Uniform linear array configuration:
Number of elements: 12
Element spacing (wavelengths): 0.75
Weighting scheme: hann
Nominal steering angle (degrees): -60
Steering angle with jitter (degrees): -60.693
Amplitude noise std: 0.05
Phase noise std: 0.05

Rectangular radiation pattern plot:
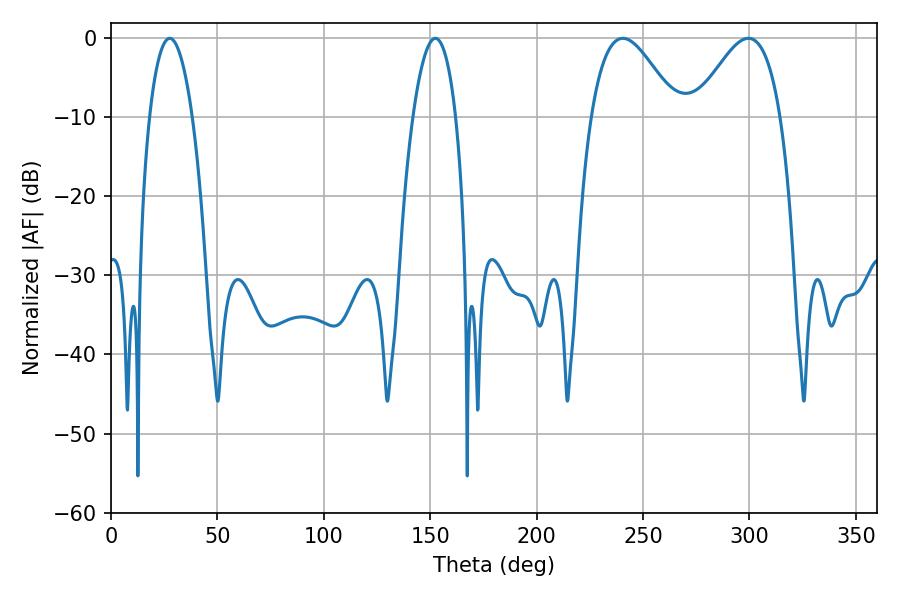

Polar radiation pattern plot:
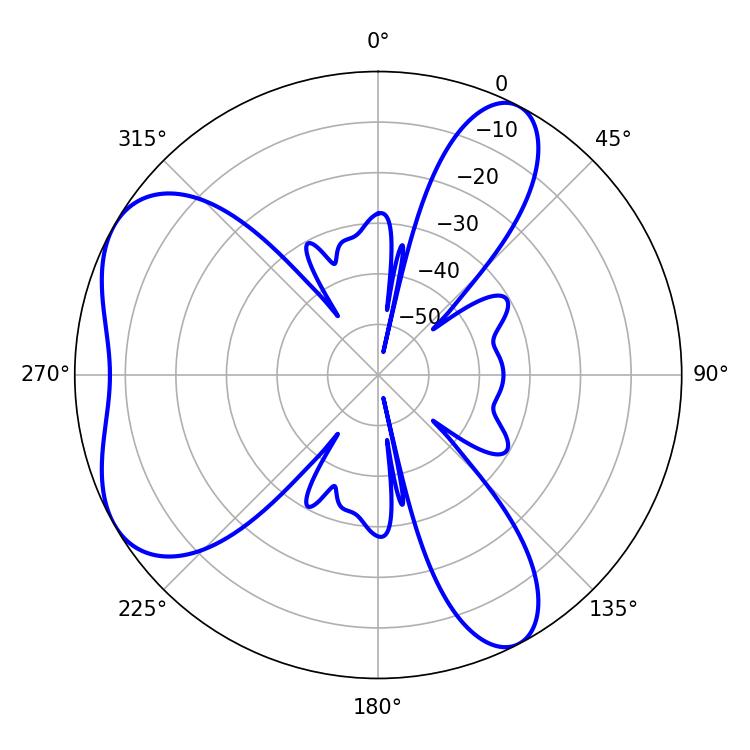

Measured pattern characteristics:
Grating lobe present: TRUE
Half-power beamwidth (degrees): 21.78
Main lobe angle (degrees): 240.48